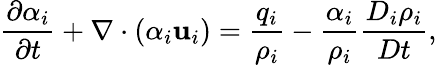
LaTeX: \frac{\partial\alpha_{i}}{\partial t}+\nabla\cdot\left(\alpha_{i}\mathbf{u}_{i}\right)=\frac{q_{i}}{\rho_{i}}-\frac{\alpha_{i}}{\rho_{i}}\frac{D_{i}\rho_{i}}{Dt},